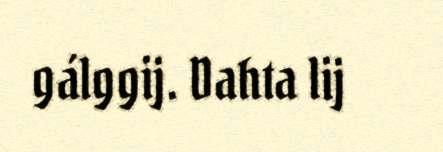
gálggij. Dahta lij